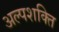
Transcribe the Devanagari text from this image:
अल्पशक्ति